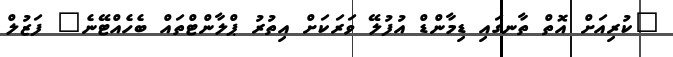
"ކުރިއަށް އޮތް ތާނގައި ޑިމާންޑް އުފުލޭ ވަރަކަށް އިތުރު ޕްލާންޓްތައް ބެހެއްޓޭނެ" ފަޒުލް